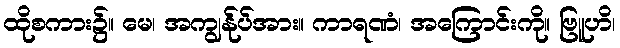
ထိုစကား၌။ မေ၊ အကျွန်ုပ်အား။ ကာရဏံ၊ အကြောင်းကို။ ဗြူဟိ၊